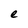
Character: e